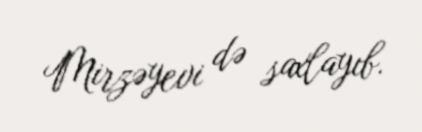
Mirzəyevi də saxlayıb.